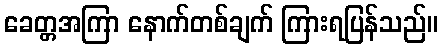
ခေတ္တအကြာ နောက်တစ်ချက် ကြားရပြန်သည်။